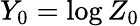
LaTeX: Y_{0}=\log{Z_{0}}